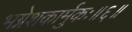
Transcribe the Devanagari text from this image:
भग्नेशकार्मुकः॥६॥